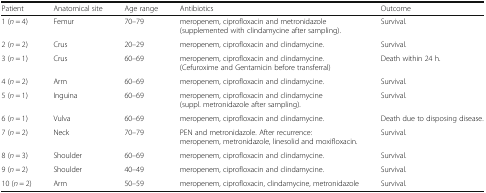
| Patient | Anatomical site | Age range | Antibiotics | Outcome |
 | --- | --- | --- | --- | --- |
 | 1 (n = 4) | Femur | 70–79 | meropenem, ciprofloxacin and metronidazole (supplemented with clindamycine after sampling). | Survival. |
 | 2 (n = 2) | Crus | 20–29 | meropenem, ciprofloxacin and clindamycine. | Survival. |
 | 3 (n = 1) | Crus | 60–69 | meropenem, ciprofloxacin and clindamycine. (Cefuroxime and Gentamicin before transferral) | Death within 24 h. |
 | 4 (n = 2) | Arm | 60–69 | meropenem, ciprofloxacin and clindamycine. | Survival. |
 | 5 (n = 1) | Inguina | 60–69 | meropenem, ciprofloxacin and clindamycine (suppl. metronidazole after sampling). | Survival. |
 | 6 (n = 1) | Vulva | 60–69 | meropenem, ciprofloxacin and clindamycine. | Death due to disposing disease. |
 | 7 (n = 2) | Neck | 70–79 | PEN and metronidazole. After recurrence: meropenem, metronidazole, linesolid and moxifloxacin. | Survival. |
 | 8 (n = 3) | Shoulder | 60–69 | meropenem, ciprofloxacin and clindamycine. | Survival. |
 | 9 (n = 2) | Shoulder | 40–49 | meropenem, ciprofloxacin and clindamycine. | Survival. |
 | 10 (n = 2) | Arm | 50–59 | meropenem, ciprofloxacin, clindamycine, metronidazole | Survival. |